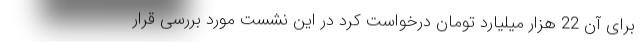
برای آن 22 هزار میلیارد تومان درخواست کرد در این نشست مورد بررسی قرار